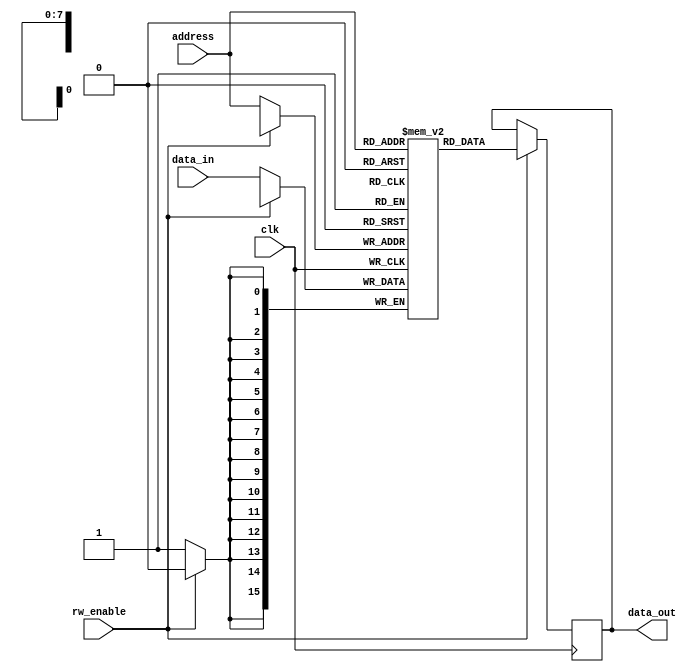
module InstructionMemory (
    input wire clk,            // 
    input wire rw_enable,      // 
    input wire [7:0] address,  // 8
    input wire [15:0] data_in, // 
    output wire [15:0] data_out // 
);

reg [15:0] data_out_r;
assign data_out = data_out_r;
// 51216
reg [15:0] memory [0:255];

// 
initial begin
    memory[0] = 16'h0000;  // 0
    memory[1] = 16'h0001;  // 1
    memory[2] = 16'h0002;  // 2
    // ...

    // 
end


// 
always @(posedge clk)
begin
    if (rw_enable) begin  // 
        data_out_r <= memory[address];
    end
    else begin  // 
        memory[address] <= data_in;
    end
end

endmodule